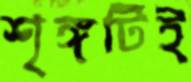
শৃঙ্গটিই